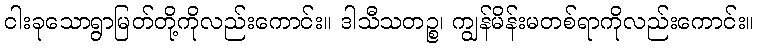
ငါးခုသောရွာမြတ်တို့ကိုလည်းကောင်း။ ဒါသီသတဉ္စ၊ ကျွန်မိန်းမတစ်ရာကိုလည်းကောင်း။